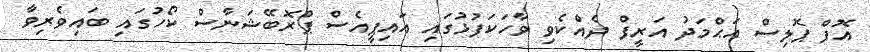
އޮފް ޕޮލިސް އަޙްމަދު އަރީފް ދެއްކެވި ވާހަކަފުޅުގައި އައިޕީއެސް ޕްރޮބޭޝަނާސް ކޯހުގައި ބައިވެރިވާ